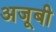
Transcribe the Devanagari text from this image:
अजूबी